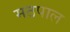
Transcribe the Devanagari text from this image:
मठपाल